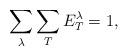
LaTeX: \begin{align*}\sum_{\lambda}\sum_{T}E_{T}^{\lambda}=1,\end{align*}